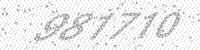
Solution: 981710